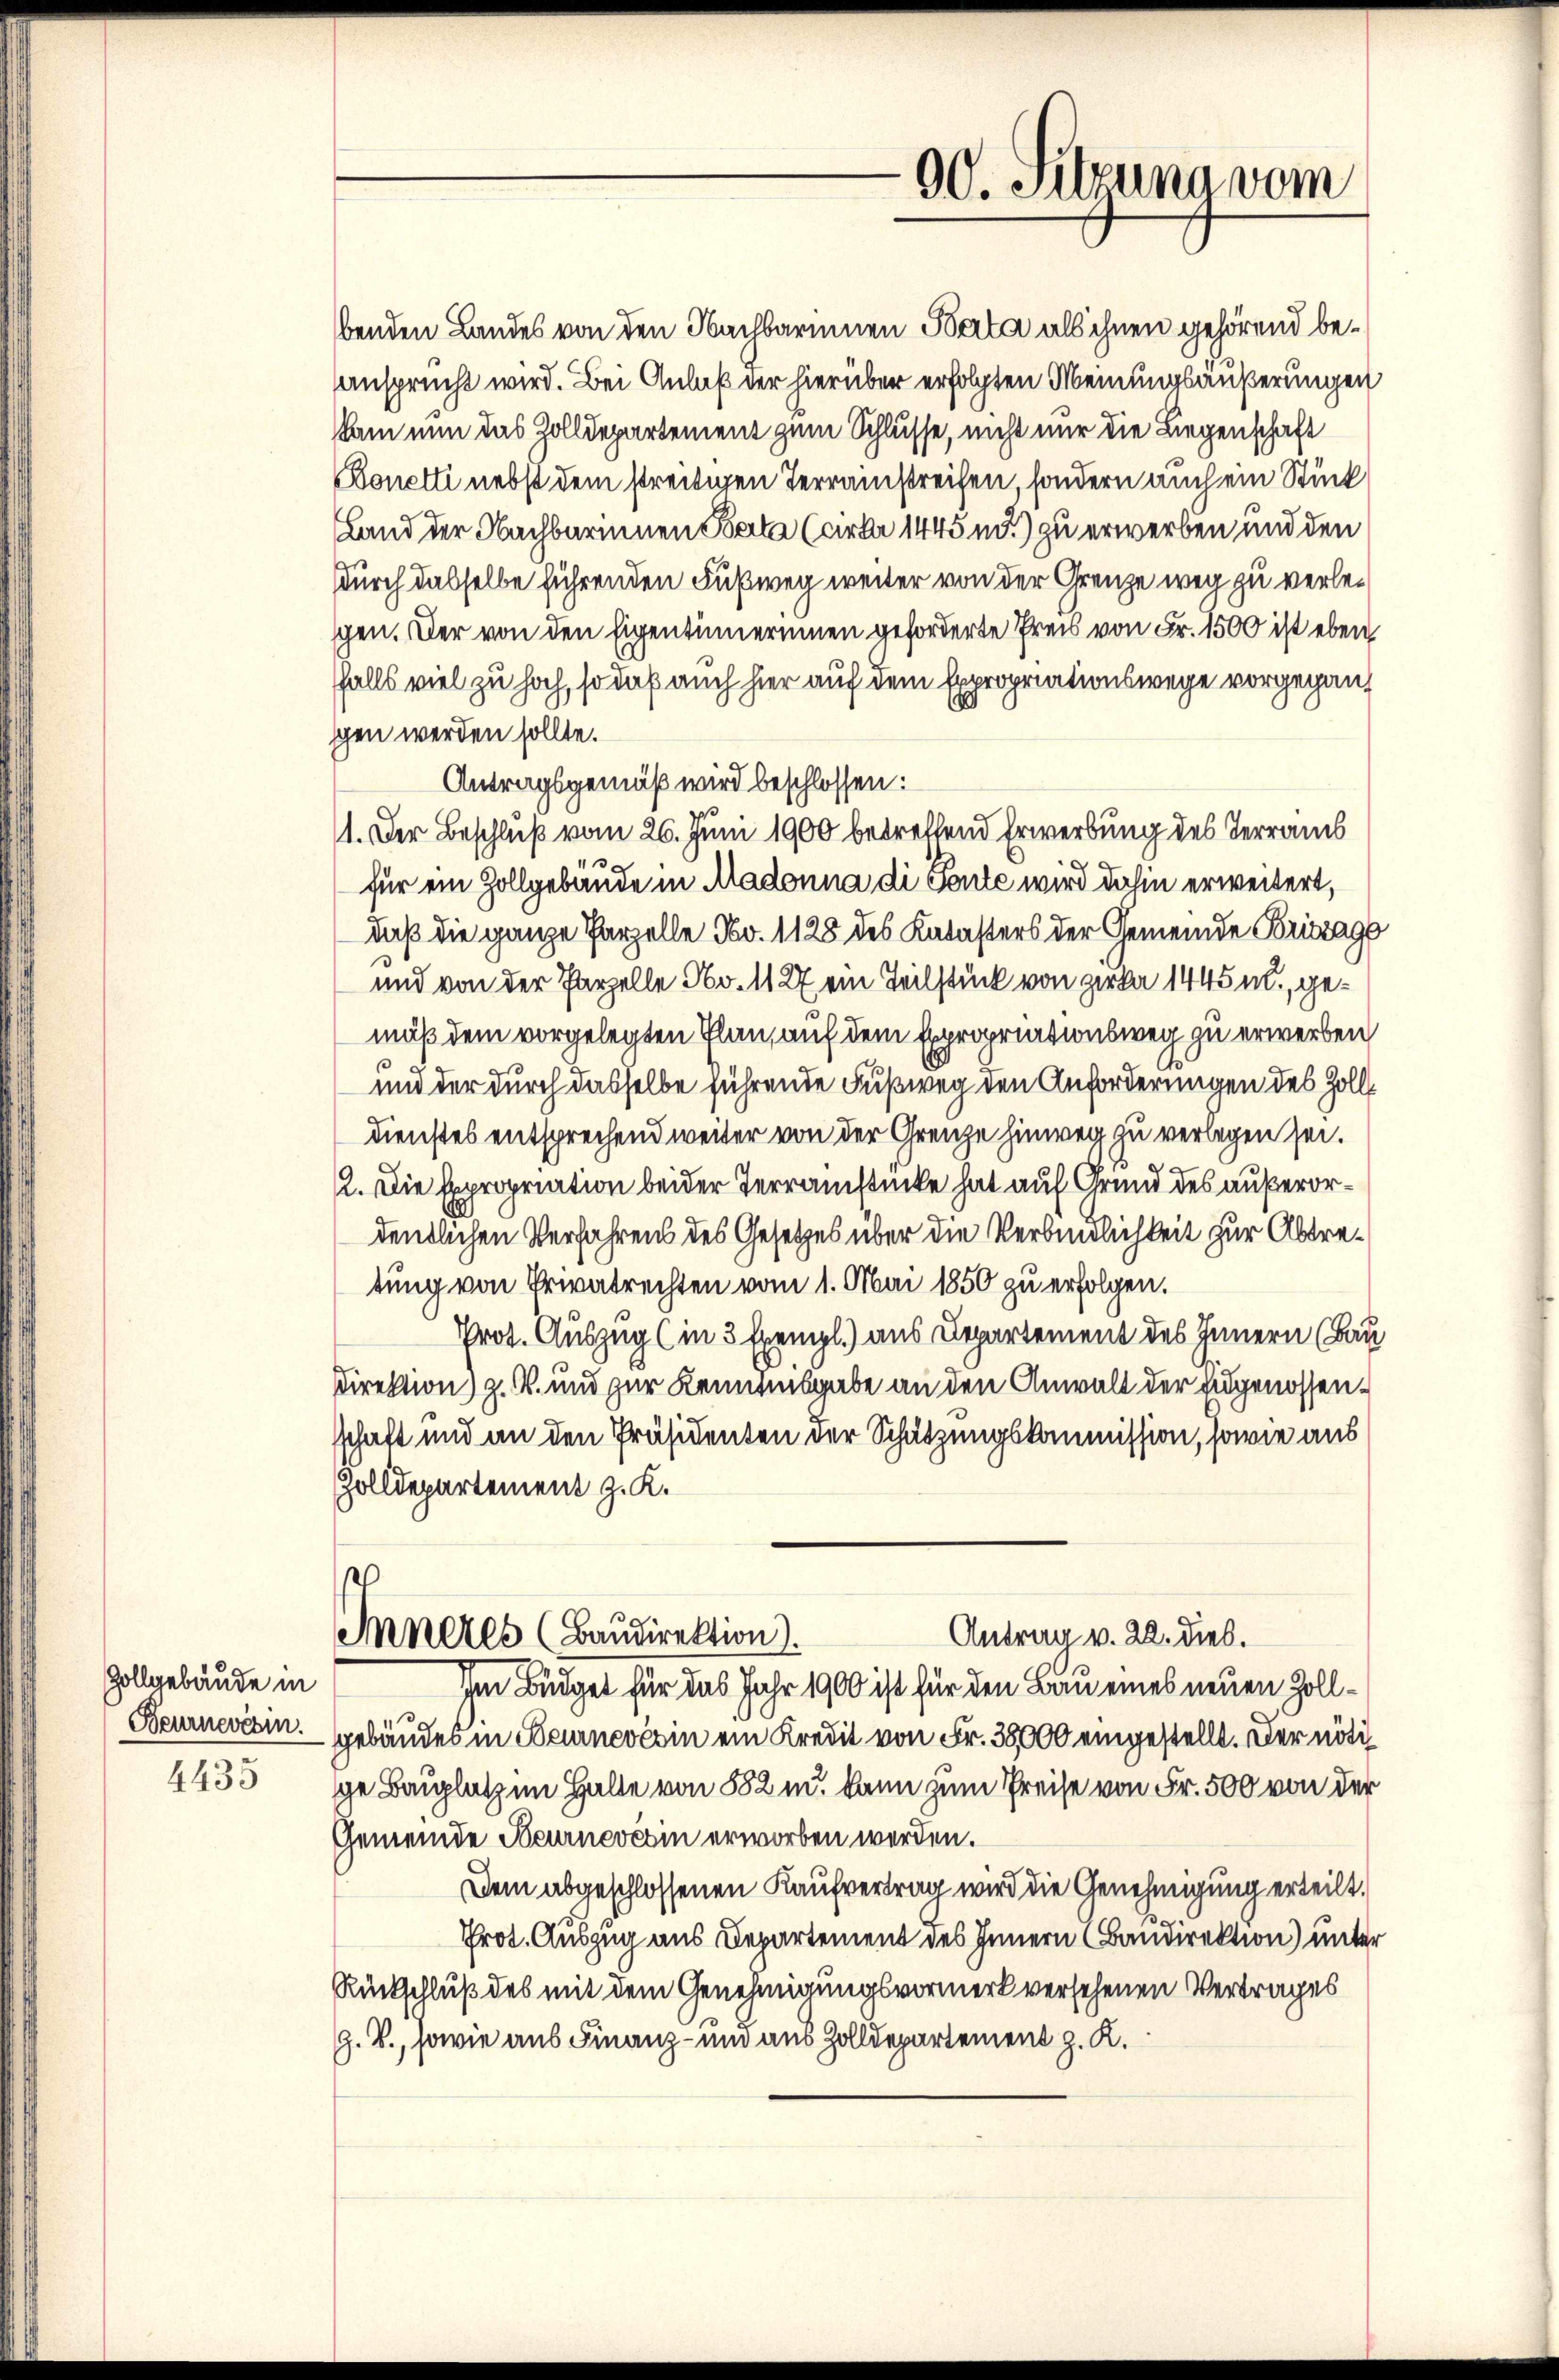
Zollgebäude in
Beurnevésin.
4435

benden Landes von den Nachbarinnen Berta als ihnen gehörend beansprucht wird. Bei Anlaß der hierüber erfolgten Meinungsäußerungen
kam nun das Zolldepartement zum Schlusse, nicht nur die Liegenschaft
Bonetti nebst dem streitigen Terrainstreichen, sondern auch ein Stück
Land der Nachbarennen Berta (cirka 1445 md) zu erwerben und den
durch dasselbe führenden Fußweg weiter von der Grenze weg zu verleschen. Der von den Eigentümerinnen geforderte Preis von Fr. 1500 ist eben
ffalls viel zu hoch, so daß auch hier auf dem Expropriationswege vorgegangen werden sollte.
Antragsgemäß wird beschlossen:
11. Der Beschluß vom 26. Juni 1900 betreffend Erwerbung des Terrains
für ein Zollgebäude in Madonna di Sente wird dahin erweitert,
daß die ganze Parzelle No. 1128 des Katasters der Gemeinde Briszage
und von der Parzelle No. 1127 ein Teilstück von Zirka 1445 m., gemuß dem vorgelegten Plan, auf dem Expropriationsweg zu erwerben
und der durch dasselbe führende Fußweg den Anforderungen des Zolldienstes entsprechend weiter von der Grenze hinweg zu verlegen sei.
12. Die Expropriation beider Terrainstücke hat auf Grund des außerordentlichen Verfahrens des Gesetzes über die Verbindlichkeit zur Abtretung von Privatrechten vom 1. Mai 1850 zu erfolgen.
Prot. Auszug (in 3 Exempl.) aus Departement des Innern (Bau
Direktion z. B. und zur Kenntnisgabe an den Anwalt der Eidgenossenschaft und an den Präsidenten der Schätzungskommission, sowie aus
Zolldepartement z. K.
Antrag v. 22. dies.
Inneres (Baudirektion).
Im Büdget für das Jahr 1900 ist für den Bau eines neuen Zollgebäudes in Beurnevésin ein Kredit von Fr. 38000 eingestellt. Der nötige Bauplatz in Halte von 882 u. kann zum Preise von Fr. 500 von der
Gemeinde Heurnevésin erworben werden.
Dem abgeschlossenen Kaufvertrag wird die Genehmigung erteilt,
Prot. Auszug aus Departement des Innern (Bandirektion) unter
Rückschluß des mit dem Genehmigungsvormerk versehenen Vertrages
G. V., sowie aus Finanz- und aus Zolldepartement z. K.

90. Sitzuna vom